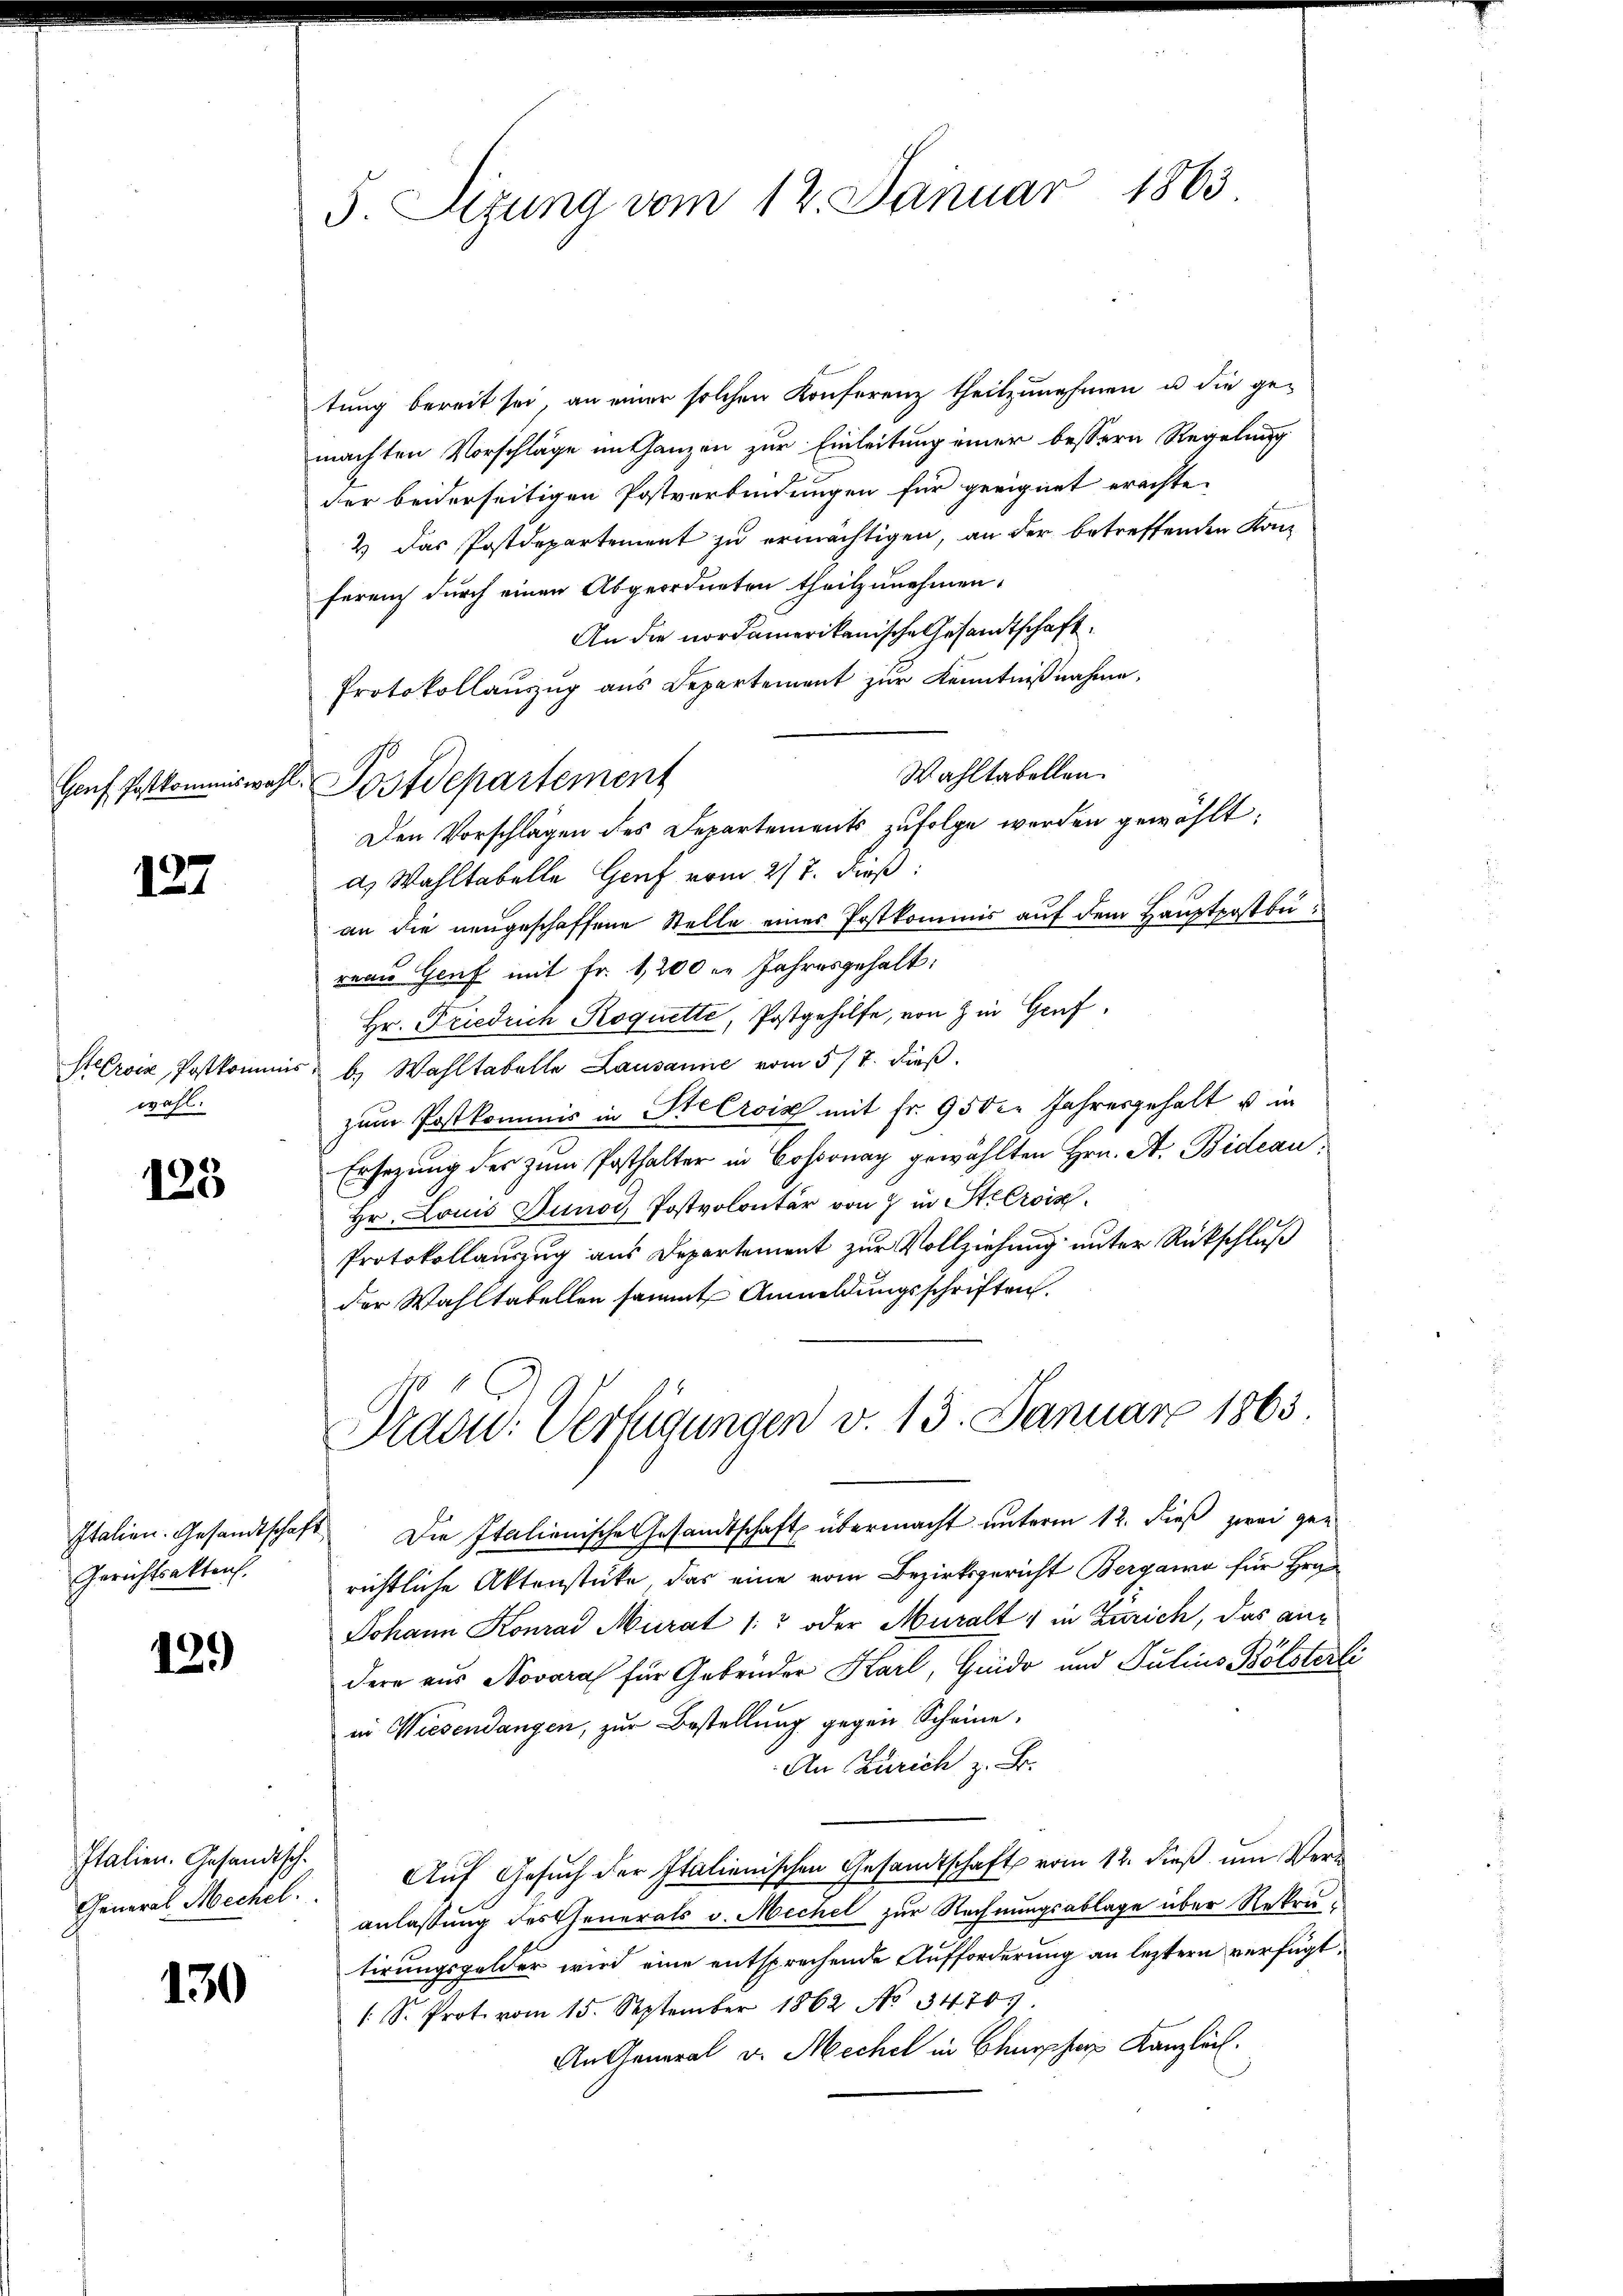
Genf Postkommiswah

127

SteCroix, Postkomm
wahl.

133

Gerichtsakten.

139)

Italien. Gesandtsch.

130

5. Sizung vom 12. Januar 1863

tung bereit sei, an einer solchen Konferenz theilzunehmen u die ge-
machten Vorschläge im Ganzen zur Einleitung einer bessern Regelung
der beiderseitigen Postverbindungen für geeignet erachte.
2) Das Postdepartement zu ermächtigen, an der betreffenden Konherauch durch einen Abgeordneten theilzunehmen.
An die nordamerikanische Gesandtschaft
Protokollauszug aus Departement zur Kenntnißnahme.
Wahltabellen.
d. Postdepartement
Den Vorschlägen des Departements zufolge werden gewählt:
a. Wahltabelle Genf vom 27. dieß:
an die neugeschaffene Stelle eines Postkommis auf dem Hauptpostbureau Genf mit Fr. 1200 l. Jahresgehalt:
Hr. Friedrich Roquette, Postgehilfe, von in Genf,
s b.) Wahltabelle Lausanne vom 5/7. dieß.
zum Postkommis in Seerois mit Fr. 950er Jahresgehalt u in
Ersezung des zum Posthalter in Cossonay gewählten Hrn. A. Bideau
Hr. Louis Juno, Postvolontär von 7 in Stierois
Protokollauszug aus Departement zur Vollziehung unter Rückschluß
der Wahltatellen sammt Anmeldungsschriften.
Pradu: Verfügungen v. 13. Januar 1865
Italien. Gesandtschaft Die Italienische Gesandtschaft übermacht unterm 12. dieß zwei gerichtliche Aktenstücke das eine vom Bezirksgericht Bergamo für Hrn
Johann Konrad Murat /: oder Muralt & in Zürich, das andere aus Novaras für Gebender Karl, Guido und Julius Bölsterle
in Wiesendangen, zur Bestellung gegen Scheine.
An Zürich z. B.
General Mechel. Aŭf Gesŭch der Italienischen Gesandtschaft vom 12. dieβ ŭm Ver-
anlassung des Generals v. Mechel zur Rechnungsablage über Rekrutirungsgelder wird eine entsprechende Aufforderung an letztern verfügt,
: S. Prot. vom 15. September 1862 No 34707.
An General v. Mechel in Churpfer Kanzlich